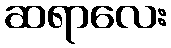
ဆရာလေး